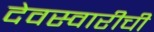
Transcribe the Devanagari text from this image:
देवस्वारीची